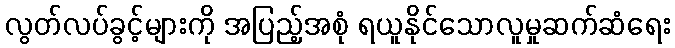
လွတ်လပ်ခွင့်များကို အပြည့်အစုံ ရယူနိုင်သောလူမှုဆက်ဆံရေး